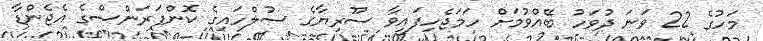
މަހުގެ 22 ވަނަ ދުވަހު ބޭއްވުމަށް ހަމަޖެހިފައިވާ ސޫރިޔާގެ ސުލްހައިގެ ކޮންފަރަންސްގެ އެޖެންޑާ